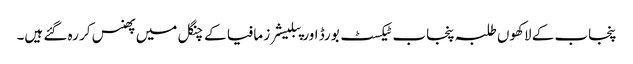
پنجاب کے لاکھوں طلبہ پنجاب ٹیکسٹ بورڈ اور پبلیشرز مافیا کے چنگل میں پھنس کر رہ گئے ہیں۔